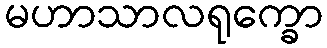
မဟာသာလရုက္ခော